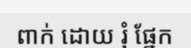
ពាក់ ដោយ រុំ ផ្នែក